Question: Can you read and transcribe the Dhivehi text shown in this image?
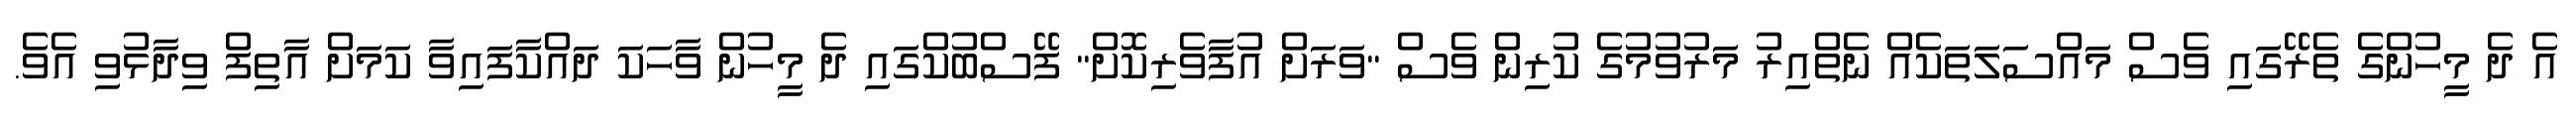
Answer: އެ ދެ މީހުންގެ ތެރޭގައި ވެސް މައްސަލަތަކެއް ނެތްއިރު މަރުވުމުގެ ކުރިން ވެސް "ވަރަށް އުފާވެރިކޮށް" ފޭސްބުކްގައި ދެ މީހުން ވާހަކަ ދައްކާފައިވާ ކަމަށް އާތިފް ވިދާޅުވި އެވެ.